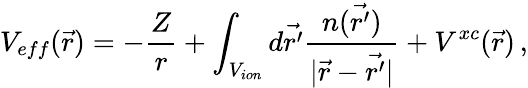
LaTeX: V_{eff}(\vec{r})=-\frac{Z}{r}+\int_{V_{ion}}d\vec{r^{\prime}}\frac{n(\vec{r^{\prime}})}{|\vec{r}-\vec{r^{\prime}}|}+V^{xc}(\vec{r})\, ,